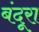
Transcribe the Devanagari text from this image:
बंदूरा